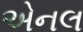
એનલ